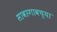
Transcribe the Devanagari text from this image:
सावरगावच्या